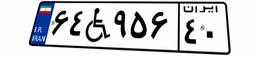
۲۰W۵۹۸۲۶